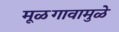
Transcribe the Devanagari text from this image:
मूळगावामुळे